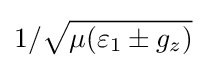
1/{\sqrt {\mu (\varepsilon _{1}\pm g_{z})}}